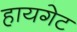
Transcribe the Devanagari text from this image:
हायगेट